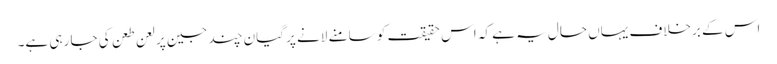
اس کے برخلاف یہاں حال یہ ہے کہ اس حقیقت کو سامنے لانے پر گیان چند جین پر لعن طعن کی جا رہی ہے۔